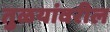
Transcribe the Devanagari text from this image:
तुळयांवरील